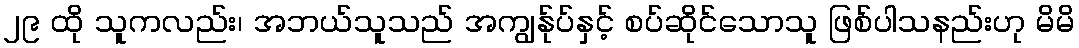
၂၉ ထို သူကလည်း၊ အဘယ်သူသည် အကျွန်ုပ်နှင့် စပ်ဆိုင်သောသူ ဖြစ်ပါသနည်းဟု မိမိ